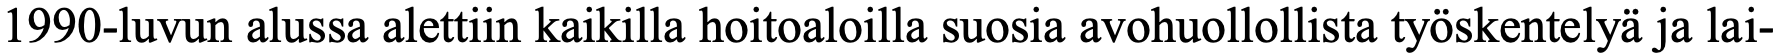
1990-luvun alussa alettiin kaikilla hoitoaloilla suosia avohuollollista työskentelyä ja lai-